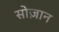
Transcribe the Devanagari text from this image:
सोज़ान